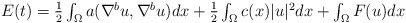
\begin{align*} \textstyle E(t)=\frac12\int_{\Omega}a(\nabla^{b}u,\nabla^{b}u)dx +\frac12\int_{\Omega}c(x)|u|^{2}dx +\int_{\Omega}F(u)dx\end{align*}